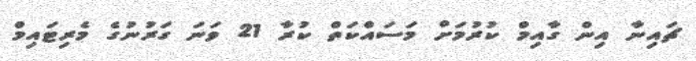
ޗައިނާ އިން ގާއިމް ކުރުމަށް މަސައްކަތް ކުރާ 21 ވަނަ ގަރުނުގެ މެރިޓައިމް